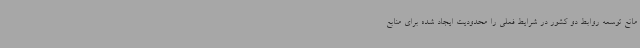
مانع توسعه روابط دو کشور در شرایط فعلی را محدودیت ایجاد شده برای منابع